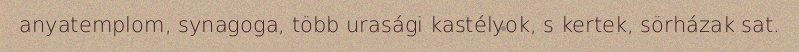
anyatemplom, synagoga, több urasági kastélyok, s kertek, sörházak sat.